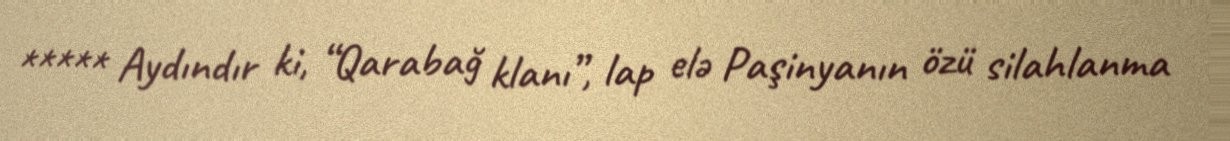
***** Aydındır ki, “Qarabağ klanı”, lap elə Paşinyanın özü silahlanma